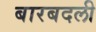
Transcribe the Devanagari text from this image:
बारबदली